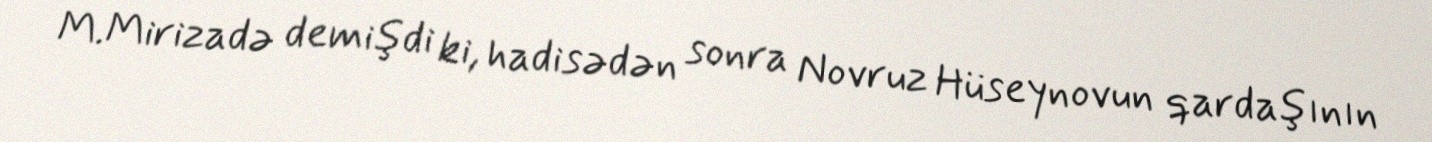
M.Mirizadə demişdi ki, hadisədən sonra Novruz Hüseynovun qardaşının